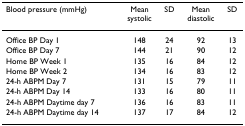
<table><thead><tr><td><b>Blood pressure (mmHg)</b></td><td><b>Meansystolic</b></td><td><b>SD</b></td><td><b>Meandiastolic</b></td><td><b>SD</b></td></tr></thead><tbody><tr><td>Office BP Day 1</td><td>148</td><td>24</td><td>92</td><td>13</td></tr><tr><td>Office BP Day 7</td><td>144</td><td>21</td><td>90</td><td>12</td></tr><tr><td>Home BP Week 1</td><td>135</td><td>16</td><td>84</td><td>12</td></tr><tr><td>Home BP Week 2</td><td>134</td><td>16</td><td>83</td><td>12</td></tr><tr><td>24-h ABPM Day 7</td><td>131</td><td>15</td><td>79</td><td>11</td></tr><tr><td>24-h ABPM Day 14</td><td>133</td><td>16</td><td>80</td><td>11</td></tr><tr><td>24-h ABPM Daytime day 7</td><td>136</td><td>16</td><td>83</td><td>11</td></tr><tr><td>24-h ABPM Daytime day 14</td><td>137</td><td>17</td><td>84</td><td>12</td></tr></tbody></table>